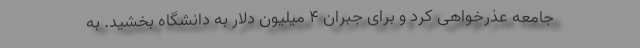
جامعه عذرخواهی کرد و برای جبران ۴ میلیون دلار به دانشگاه بخشید. به